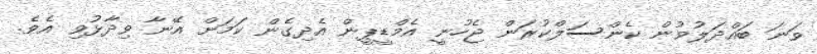
ވަނަ ބައްދަލުވުން ކެންސަލްކުރަން ޖެހުނީ އެމްޑީޕީން އެދިގެން ކަމަށް އޭނާ ވިދާޅުވި އެވެ.